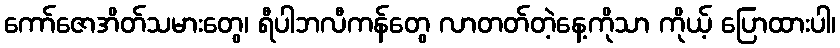
ကော်ဇောအိတ်သမားတွေ၊ ရီပါဘလီကန်တွေ လာတတ်တဲ့နေ့ကိုသာ ကိုယ့် ပြောထားပါ၊